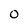
Character: 0